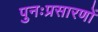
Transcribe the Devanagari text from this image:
पुनःप्रसारणों